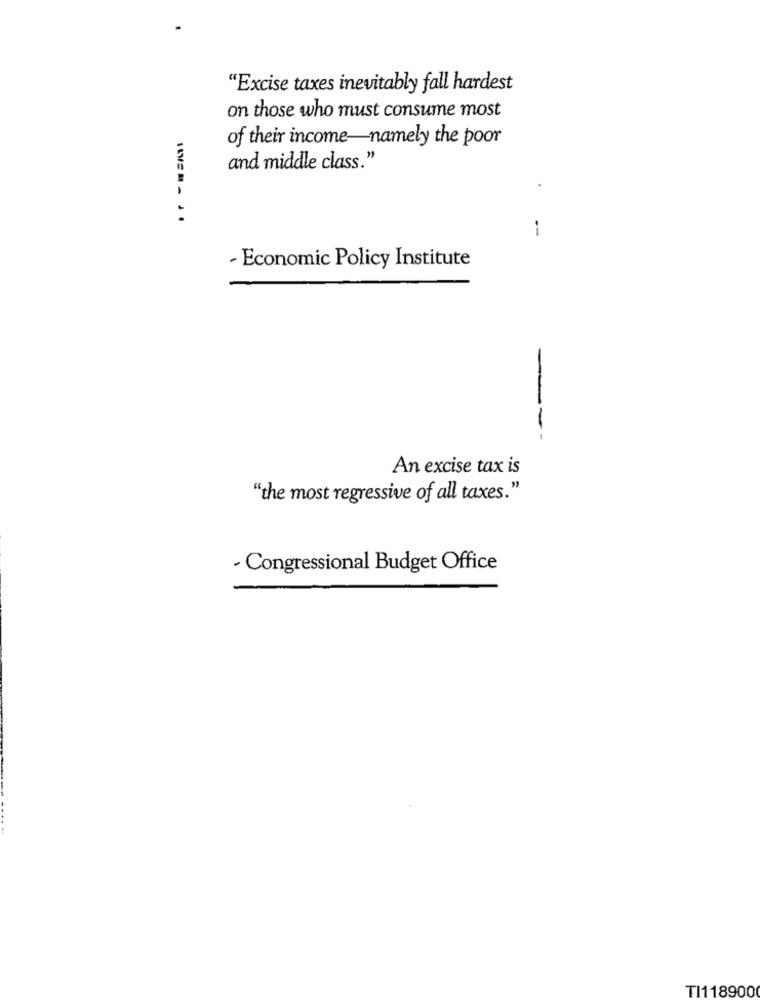
"Excise taxes inevitably fall hardest
on those who must consume most
of their income-namely the poor
and middle class."
--
- Economic Policy Institute
---
An excise tax is
"the most regressive of all taxes."
- Congressional Budget Office
TI118900